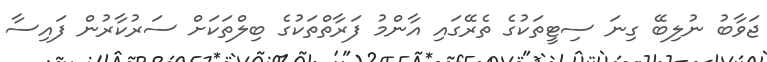
ޖަވާބު ނުލިބޭ ގިނަ ސިޓީތަކުގެ ތެރޭގައި އާންމު ފަރާތްތަކުގެ ބިލްތަކަށް ސަރުކާރުން ފައިސާ